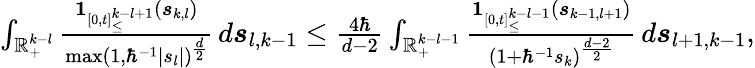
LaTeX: \begin{array}{r}{\int_{\mathbb{R}_{+}^{k-l}}\frac{\boldsymbol{1}_{[0,t]_{\leq}^{k-l+1}}(\boldsymbol{s}_{k,l})}{\operatorname*{max}(1,\hbar^{-1}|s_{l}|)^{\frac{d}{2}}}\, d\boldsymbol{s}_{l,k-1}\leq\frac{4\hbar}{d-2}\int_{\mathbb{R}_{+}^{k-l-1}}\frac{\boldsymbol{1}_{[0,t]_{\leq}^{k-l-1}}(\boldsymbol{s}_{k-1,l+1})}{(1+\hbar^{-1}s_{k})^{\frac{d-2}{2}}}\, d\boldsymbol{s}_{l+1,k-1},}\end{array}